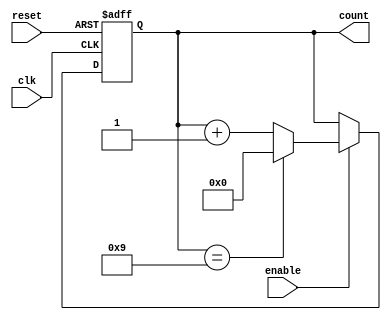
module modNum #(parameter n=10, bits=4)(
input clk, reset, enable,
output reg [bits-1:0] count
    );


always @(posedge clk, posedge reset) begin
   if (reset ==1)
        count<=0;
    else begin
    if(enable ==1)begin
        if(count == n-1)
            count<=0;
        else
            count<=count+1;
        end
    else
        count<=count;
    end
end
 
endmodule